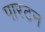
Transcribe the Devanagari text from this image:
पारटन